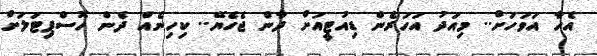
އެހާ އަވަހަށް.. މިއަދު އަހަރެން ޑިއުޓީއަށް ދާން ޖެހެޔޭ.. ކިހިނެއް ދެން ހޮސްޕިޓަލަށް